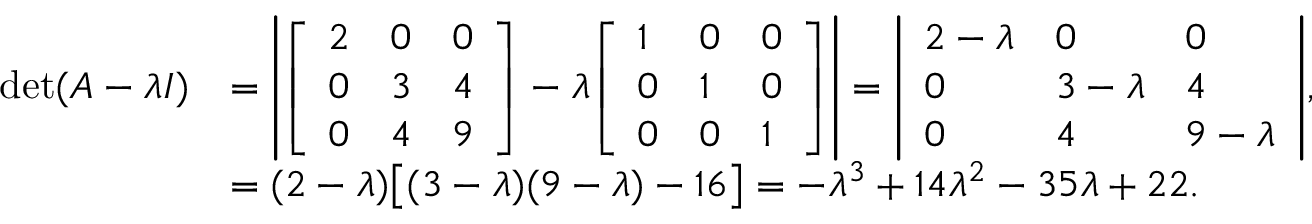
{ \begin{array} { r l } { \operatorname* { d e t } ( A - \lambda I ) } & { = \left| { \left[ \begin{array} { l l l } { 2 } & { 0 } & { 0 } \\ { 0 } & { 3 } & { 4 } \\ { 0 } & { 4 } & { 9 } \end{array} \right] } - \lambda { \left[ \begin{array} { l l l } { 1 } & { 0 } & { 0 } \\ { 0 } & { 1 } & { 0 } \\ { 0 } & { 0 } & { 1 } \end{array} \right] } \right| = { \left| \begin{array} { l l l } { 2 - \lambda } & { 0 } & { 0 } \\ { 0 } & { 3 - \lambda } & { 4 } \\ { 0 } & { 4 } & { 9 - \lambda } \end{array} \right| } , } \\ & { = ( 2 - \lambda ) { \bigl [ } ( 3 - \lambda ) ( 9 - \lambda ) - 1 6 { \bigr ] } = - \lambda ^ { 3 } + 1 4 \lambda ^ { 2 } - 3 5 \lambda + 2 2 . } \end{array} }